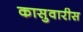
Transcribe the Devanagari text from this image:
कासुवारीस